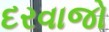
દરવાજો